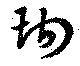
珣